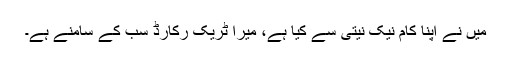
میں نے اپنا کام نیک نیتی سے کیا ہے، میرا ٹریک رکارڈ سب کے سامنے ہے۔